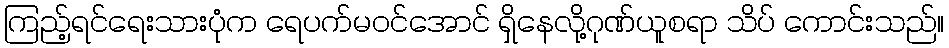
ကြည့်ရင်ရေးသားပုံက ရေပက်မဝင်အောင် ရှိနေလို့ဂုဏ်ယူစရာ သိပ် ကောင်းသည်။